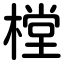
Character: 樘